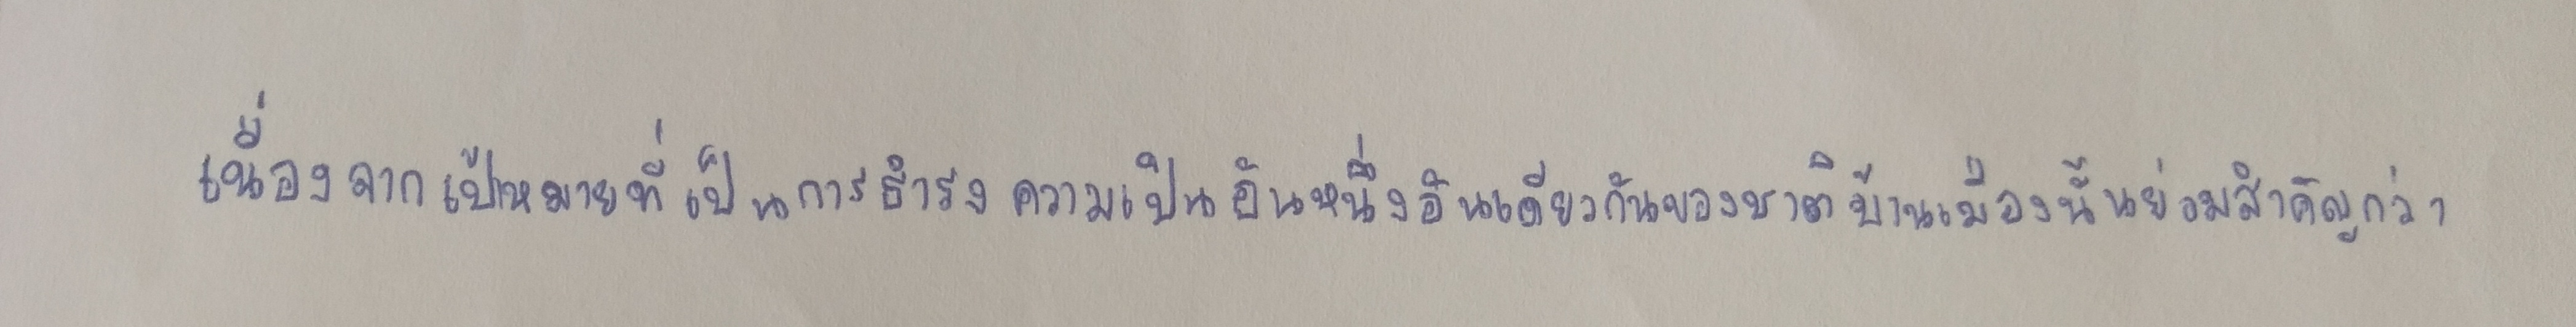
เนื่องจากเป้าหมายที่เป็นการธำรงความเป็นอันหนึ่งอันเดียวกันของชาติบ้านเมืองนั้นย่อมสำคัญกว่า?